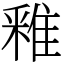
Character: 䧽